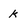
Character: k